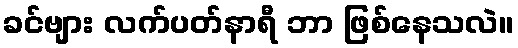
ခင်ဗျား လက်ပတ်နာရီ ဘာ ဖြစ်နေသလဲ။